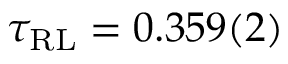
\tau _ { \mathrm { { R L } } } = 0 . 3 5 9 ( 2 )